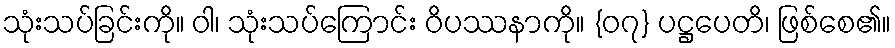
သုံးသပ်ခြင်းကို။ ဝါ၊ သုံးသပ်ကြောင်း ဝိပဿနာကို။ {၀၇} ပဋ္ဌပေတိ၊ ဖြစ်စေ၏။